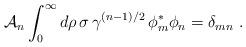
LaTeX: \begin{align*}{\cal A}_n \int_0^\infty d\rho \, \sigma \,\gamma^{(n-1)/2}\, \phi_m^\ast \phi_n = \delta_{mn}~.\end{align*}